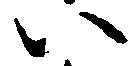
八